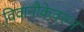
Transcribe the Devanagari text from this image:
विवानौकेवरुन